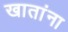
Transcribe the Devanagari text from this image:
खातांना